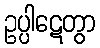
ဥပ္ပါဋေတွာ